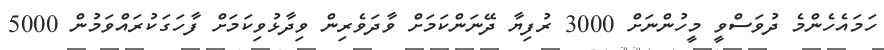
ހަމައެހެންމެ ދުވަސްވީ މީހުންނަށް 3000 ރުފިޔާ ދޭނަންކަމަށް ވާދަވެރިން ވިދާޅުވިކަމަށް ފާހަގަކުރައްވަމުން 5000